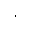
\cdot